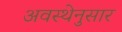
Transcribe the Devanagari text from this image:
अवस्थेनुसार